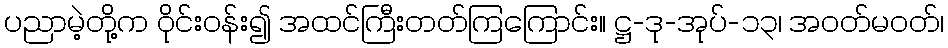
ပညာမဲ့တို့က ဝိုင်းဝန်း၍ အထင်ကြီးတတ်ကြကြောင်း။ ဋ္ဌ-ဒု-အုပ်-၁၃၊ အဝတ်မဝတ်၊